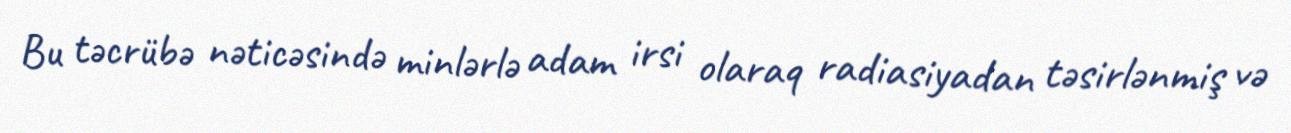
Bu təcrübə nəticəsində minlərlə adam irsi olaraq radiasiyadan təsirlənmiş və